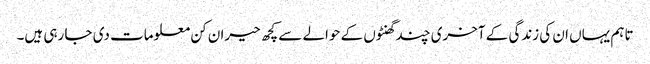
تاہم یہاں ان کی زندگی کے آخری چند گھنٹوں کے حوالے سے کچھ حیران کن معلومات دی جا رہی ہیں۔